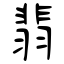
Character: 翡